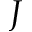
J